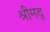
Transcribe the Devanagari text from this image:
श्रीमद्‌